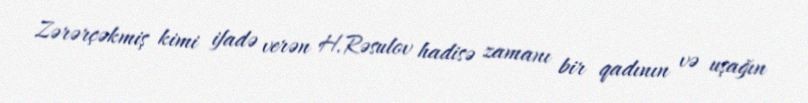
Zərərçəkmiş kimi ifadə verən H.Rəsulov hadisə zamanı bir qadının və uşağın